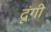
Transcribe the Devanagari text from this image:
दूंगी